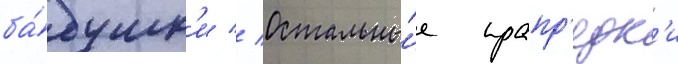
ба́бушк'и // Остальны́е прапр'едк'и